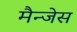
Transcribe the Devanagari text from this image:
मैन्जेस